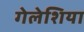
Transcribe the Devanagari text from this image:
गेलेशिया